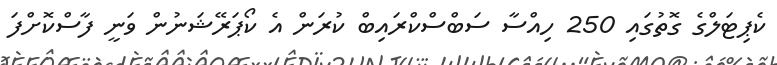
ކެޕިޓަލްގެ ގޮތުގައި 250 ހިއްސާ ސަބްސްކްރައިބް ކުރަން އެ ކޯޕަރޭޝަނުން ވަނީ ފާސްކޮށްފަ